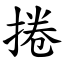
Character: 捲